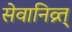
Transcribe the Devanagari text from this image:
सेवानिव्र्त्